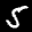
Label: 5